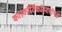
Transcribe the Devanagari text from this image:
का।कॉर्टिकॉस्टरॉएड